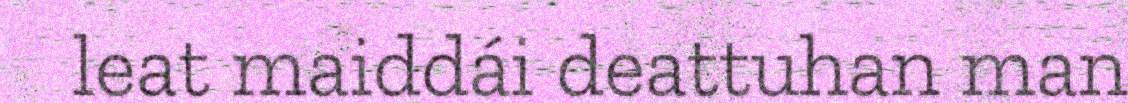
leat maiddái deattuhan man